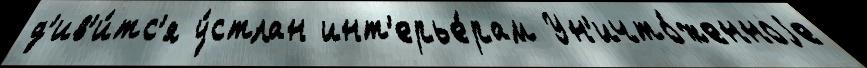
д'ив'и́тс'я у́стлан инт'ерье́рам Ун'ичто́женноjе